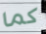
كما